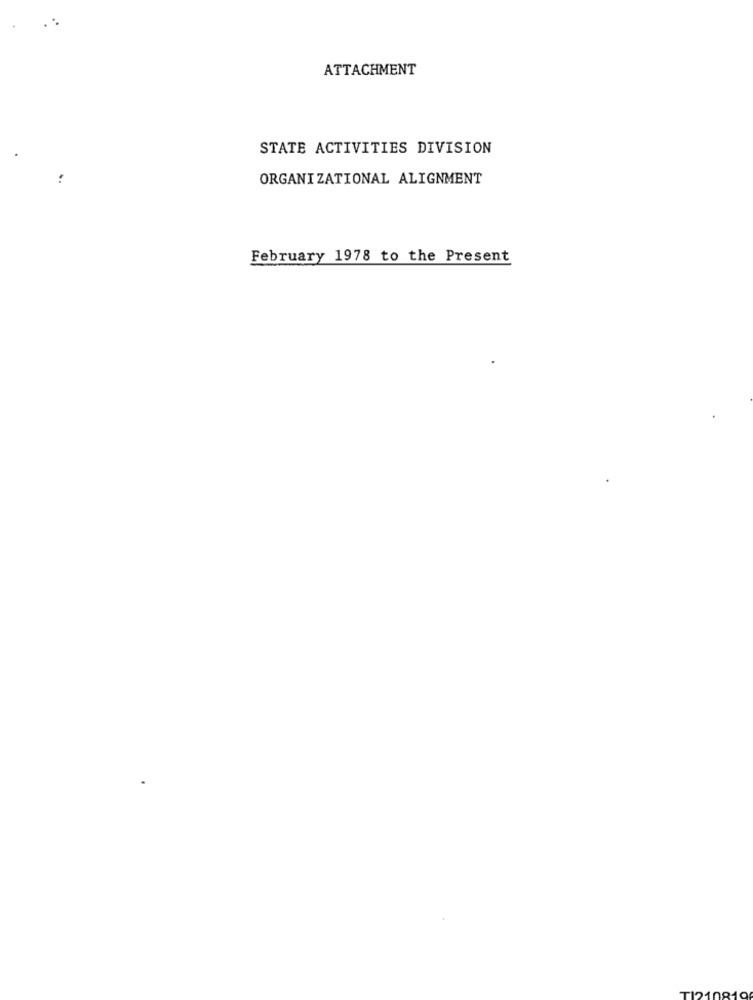
ATTACHMENT
STATE ACTIVITIES DIVISION
ORGANIZATIONAL ALIGNMENT
February 1978 to the Present